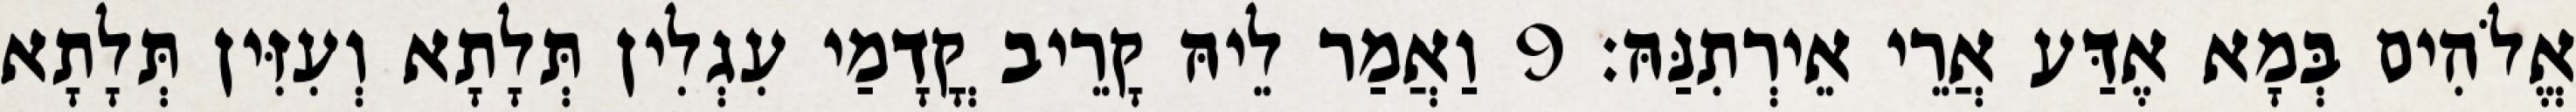
אֱלֹהִים בְּמָא אֶדַּע אֲרֵי אֵירְתִנַּהּ׃ 9 וַאֲמַר לֵיהּ קָרֵיב קֳדָמַי עִגְלִין תְּלָתָא וְעִזִּין תְּלָתָא